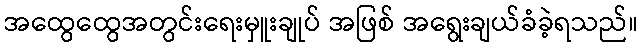
အထွေထွေအတွင်းရေးမှူးချုပ် အဖြစ် အရွေးချယ်ခံခဲ့ရသည်။